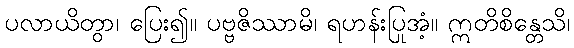
ပလာယိတွာ၊ ပြေး၍။ ပဗ္ဗဇိဿာမိ၊ ရဟန်းပြုအံ့။ ဣတိစိန္တေသိ၊